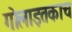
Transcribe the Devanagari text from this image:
गोलाइतकाच